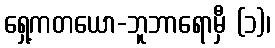
ရှေ့ကတယော-ဘူဘာရောမှီ (၁)၊